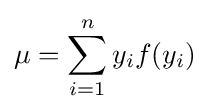
\mu =\sum \limits _{i=1}^{n}y_{i}f(y_{i})